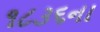
૧૮૩૬ના